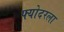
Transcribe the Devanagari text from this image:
फ्योदरला